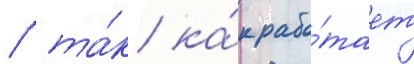
/ та́к ка́к рабо́тает